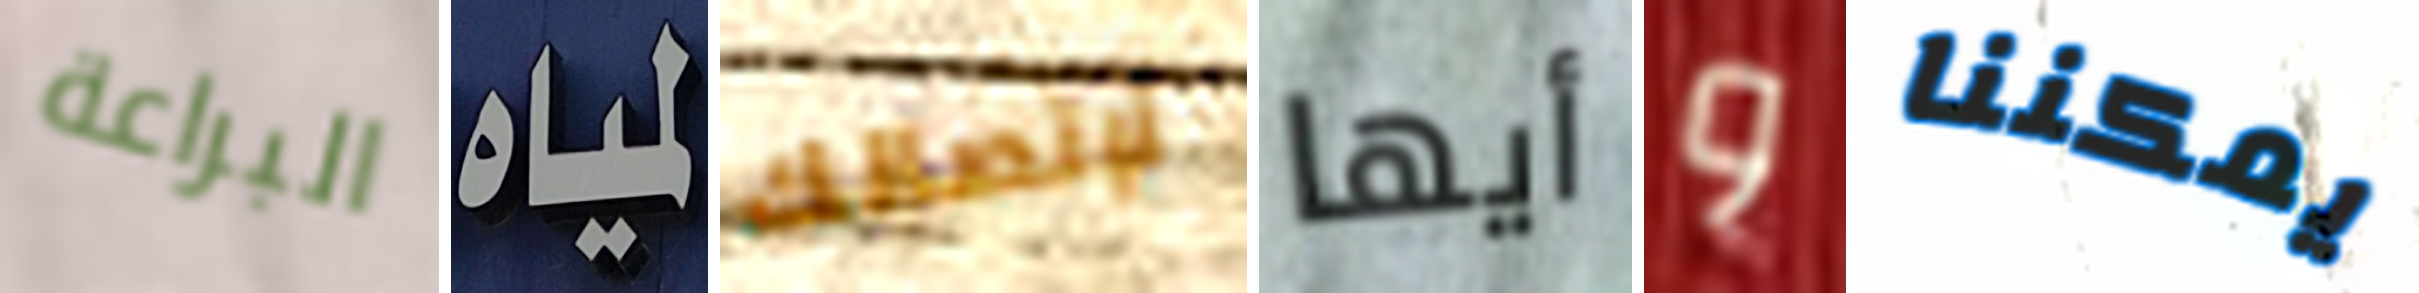
البراعة لمياه لإتصالك أيها و يمكننا